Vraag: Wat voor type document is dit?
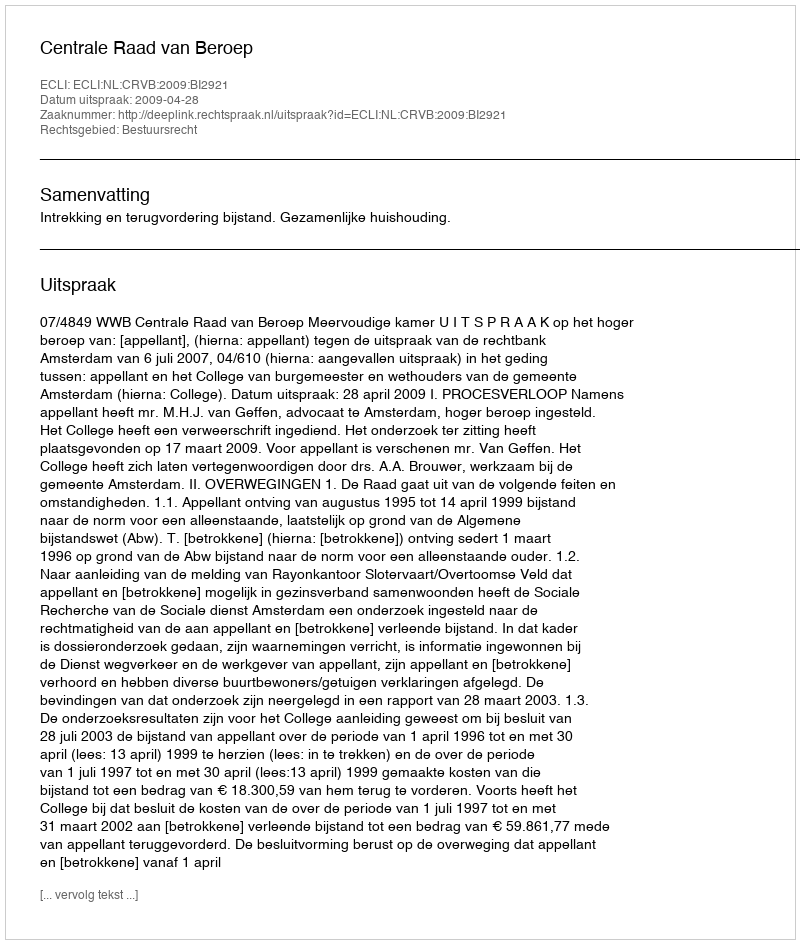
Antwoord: Uitspraak